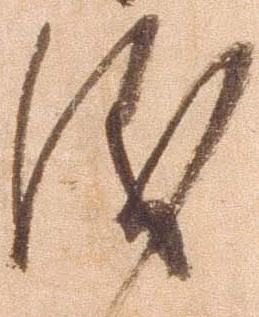
儀